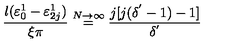
\frac { l ( \varepsilon _ { 0 } ^ { 1 } - \varepsilon _ { 2 j } ^ { 1 } ) } { \xi \pi } \stackrel { N \rightarrow \infty } { = } \frac { j [ j ( \delta ^ { ' } - 1 ) - 1 ] } { \delta ^ { ' } }